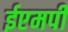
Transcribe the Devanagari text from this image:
ईएमपी